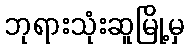
ဘုရားသုံးဆူမြို့မှ